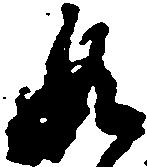
如